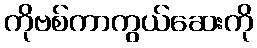
ကိုဗစ်ကာကွယ်ဆေးကို